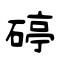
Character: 碠